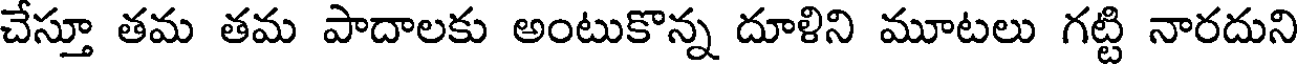
చేస్తూ తమ తమ పాదాలకు అంటుకొన్న దూళిని మూటలు గట్టి నారదుని